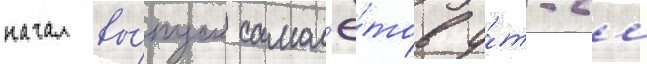
начал вы́пуск самол'ё́тов у́т-2м